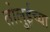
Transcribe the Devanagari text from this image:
तोलुईच्या